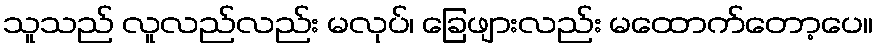
သူသည် လူလည်လည်း မလုပ်၊ ခြေဖျားလည်း မထောက်တော့ပေ။